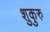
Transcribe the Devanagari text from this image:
शुकुरु